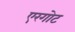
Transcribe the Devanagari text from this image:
एरगोट